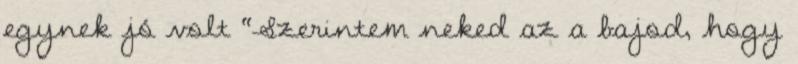
egynek jó volt “Szerintem neked az a bajod, hogy